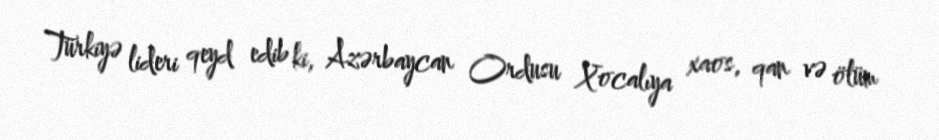
Türkiyə lideri qeyd edib ki, Azərbaycan Ordusu Xocalıya xaos, qan və ölüm